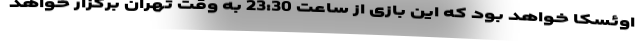
اوئسکا خواهد بود که این بازی از ساعت 23:30 به وقت تهران برگزار خواهد